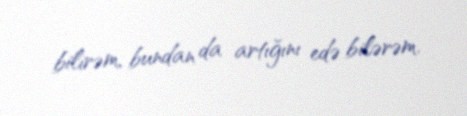
bilirəm, bundan da artığını edə bilərəm.